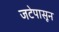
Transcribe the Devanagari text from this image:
जटेपासून